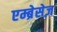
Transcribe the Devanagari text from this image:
एम्ब्रेसेज़